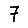
Digit: 7